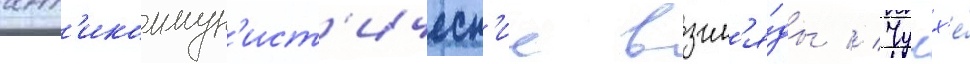
ант'икоммун'ист'ическ'ие взгл'я́ды // Чучх'е́